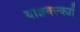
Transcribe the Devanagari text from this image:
याज्ञवल्क्यों